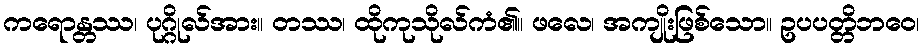
ကရောန္တဿ၊ ပုဂ္ဂိုလ်အား။ တဿ၊ ထိုကုသိုလ်ကံ၏။ ဖလေ၊ အကျိုးဖြစ်သော။ ဥပပတ္တိဘဝေ၊